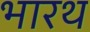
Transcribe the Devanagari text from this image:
भारथ